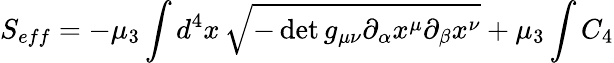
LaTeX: S_{eff}=-\mu_{3}\int d^{4}x\, \sqrt{-\operatorname*{det}{g_{\mu\nu}\partial_{\alpha}x^{\mu}\partial_{\beta}x^{\nu}}}+\mu_{3}\int C_{4}